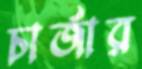
চার্জার